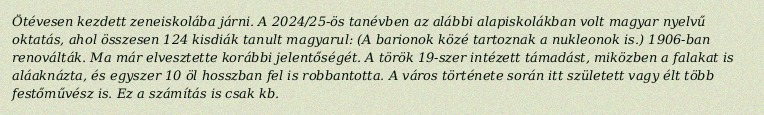
Ötévesen kezdett zeneiskolába járni. A 2024/25-ös tanévben az alábbi alapiskolákban volt magyar nyelvű oktatás, ahol összesen 124 kisdiák tanult magyarul: (A barionok közé tartoznak a nukleonok is.) 1906-ban renoválták. Ma már elvesztette korábbi jelentőségét. A török 19-szer intézett támadást, miközben a falakat is aláaknázta, és egyszer 10 öl hosszban fel is robbantotta. A város története során itt született vagy élt több festőművész is. Ez a számítás is csak kb.